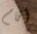
أقام